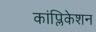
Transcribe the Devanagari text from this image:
कांप्लिकेशन